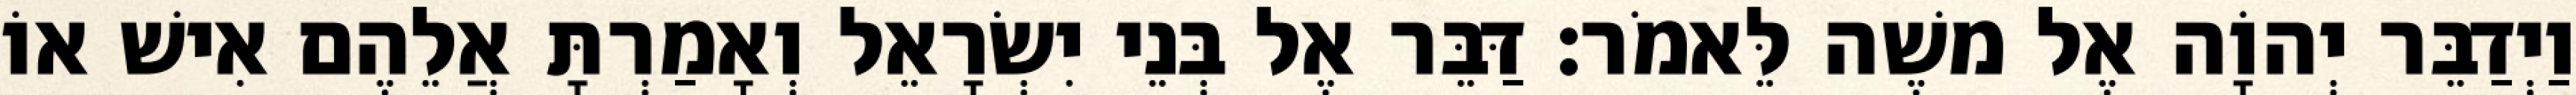
וַיְדַבֵּר יְהוָֹה אֶל משֶׁה לֵּאמֹר׃ דַּבֵּר אֶל בְּנֵי יִשְׂרָאֵל וְאָמַרְתָּ אֲלֵהֶם אִישׁ אוֹ